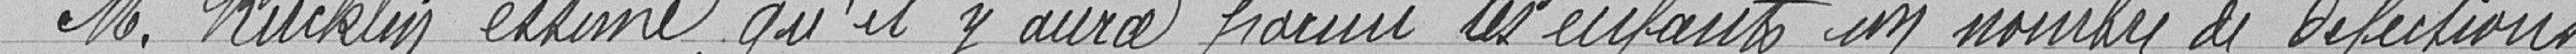
Monsieur Rücklin estime qu'il y aura parmi les enfants un nombre de défections